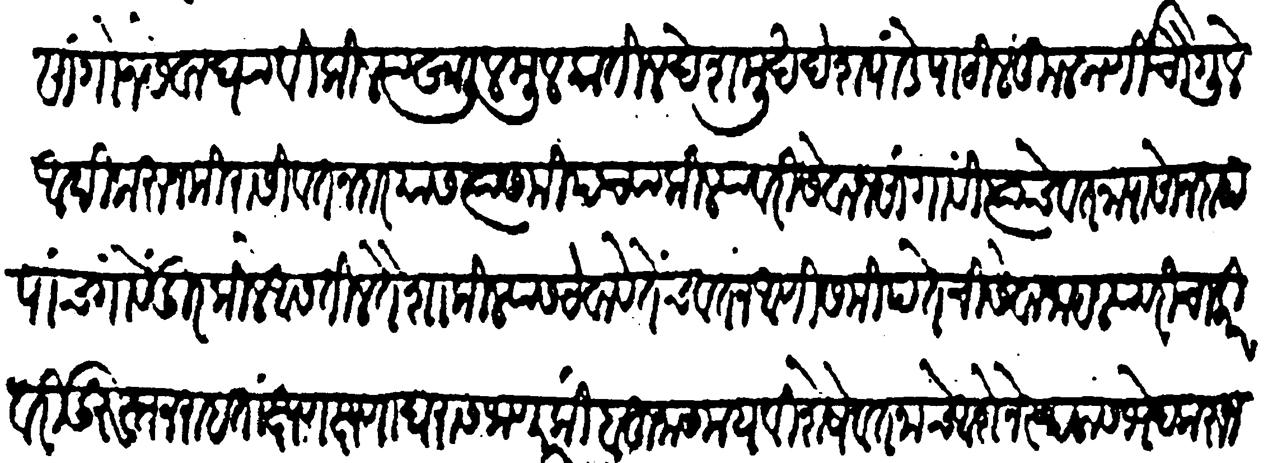
Transliteration (Devanagari): सांगोन सेवा घ्यावी किल्ल्याखालील मुलकातील देशमुख देशपांडे पाटील कुलकर्णी चौगुले आदिकरून मिरासी वतनदार यांस त्यांसमीपच्या किल्ल्यावरी सेवा न सांगावी त्यांचे वतनापासेन दहा पांच गावें दूर किल्ले असतील तैशा किल्ल्यांस ठेवावे तेंच वतन आणि समीपतेची सेवा जाहल्यावरी चाकरीवरी दुरुस्त न राहतां क्षणक्षणा घरास जाणार किंबहुना समयविशेषे वतनाचे आशेने स्थळास भेद करून